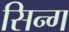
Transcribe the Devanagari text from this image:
सिन्ग